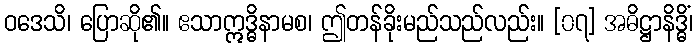
ဝဒေသိ၊ ပြောဆို၏။ ဧသာဣဒ္ဓိနာမစ၊ ဤတန်ခိုးမည်သည်လည်း။ [၀၇] အဓိဋ္ဌာနိဒ္ဓိံ၊